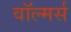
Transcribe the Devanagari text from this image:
वॉल्मर्स